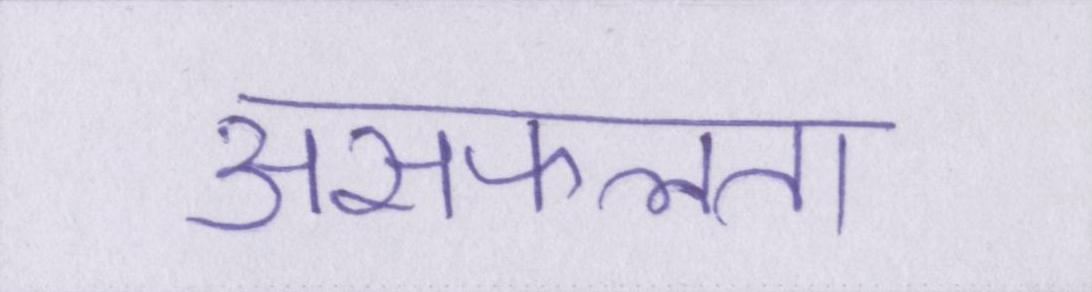
असफलता